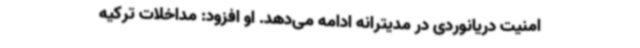
امنیت دریانوردی در مدیترانه ادامه می‌دهد. او افزود: مداخلات ترکیه